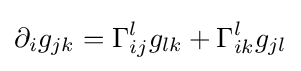
\partial _{i}g_{jk}=\Gamma _{ij}^{l}g_{lk}+\Gamma _{ik}^{l}g_{jl}